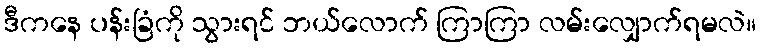
ဒီကနေ ပန်းခြံကို သွားရင် ဘယ်လောက် ကြာကြာ လမ်းလျှောက်ရမလဲ။